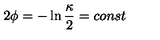
2 \phi = - \ln { \frac { \kappa } { 2 } } = c o n s t